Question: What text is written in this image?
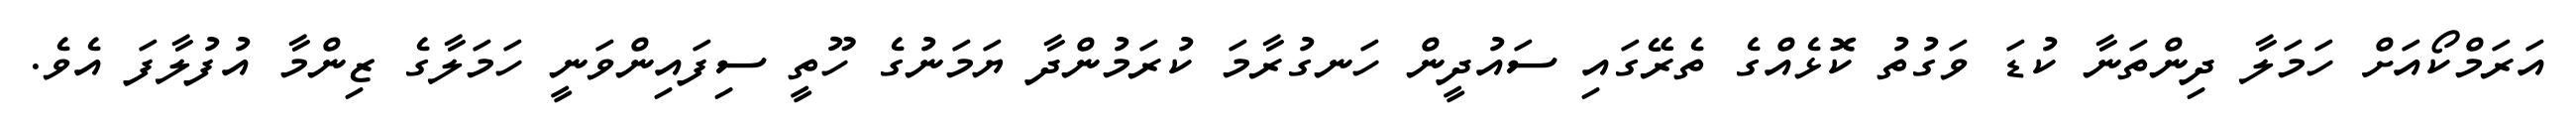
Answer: އަރަމްކޯއަށް ހަމަލާ ދިންތަނާ ކުޑަ ވަގުތު ކޮޅެއްގެ ތެރޭގައި ސައުދީން ހަނގުރާމަ ކުރަމުންދާ ޔަމަނުގެ ހޫތީ ސިފައިންވަނީ ހަމަލާގެ ޒިންމާ އުފުލާފަ އެވެ.